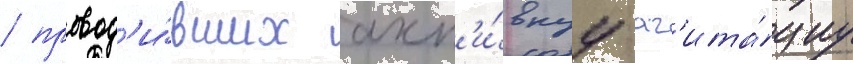
/ провод'и́вших акт'и́внуу аг'ита́циу